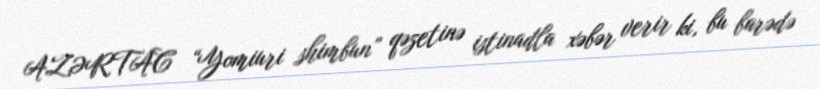
AZƏRTAC “Yomiuri shimbun” qəzetinə istinadla xəbər verir ki, bu barədə